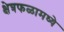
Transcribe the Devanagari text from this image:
क्षेत्रफळामध्ये